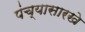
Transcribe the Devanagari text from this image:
पंच्यासारखे